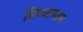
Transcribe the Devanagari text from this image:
विध्यामान